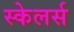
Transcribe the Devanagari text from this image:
स्केलर्स